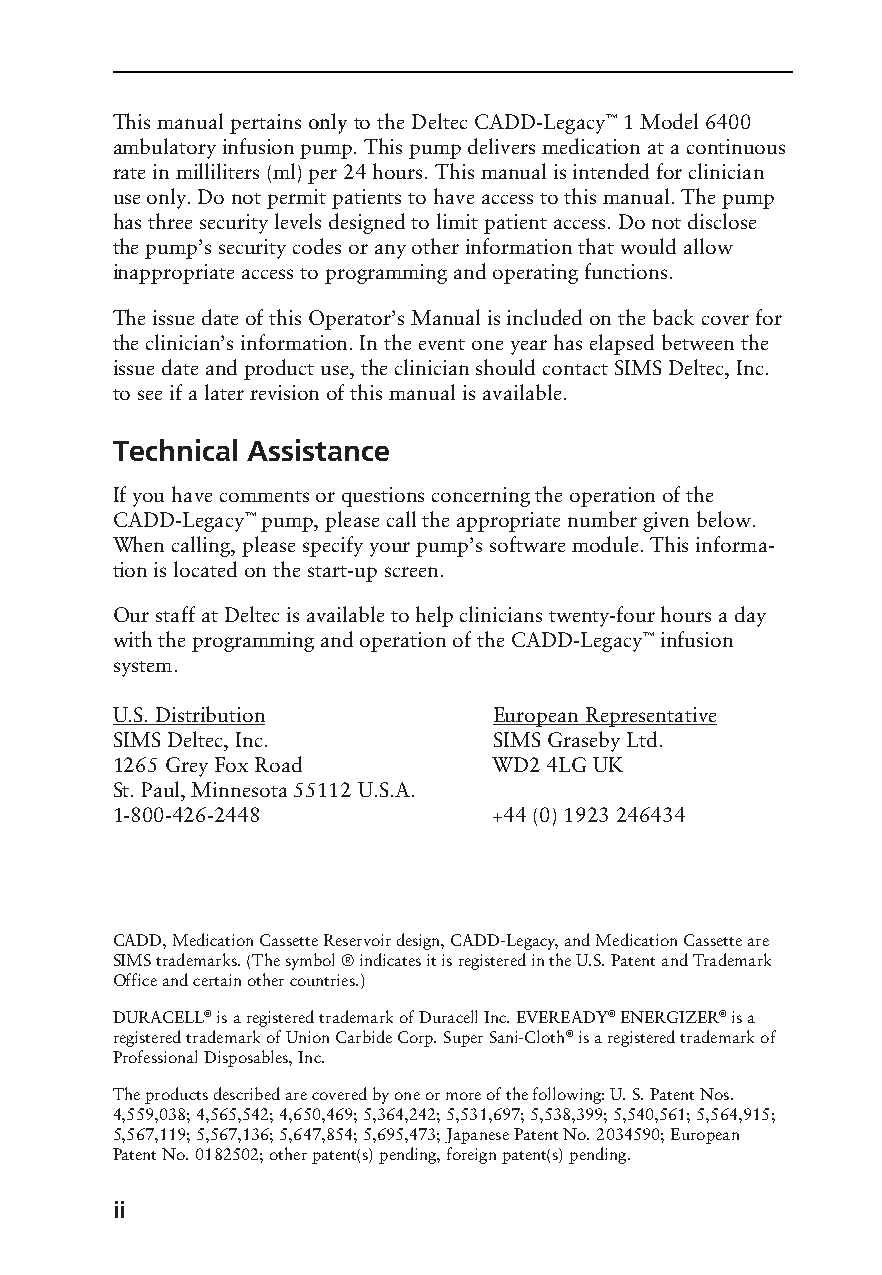
This manual pertains only to the Deltec CADD-Legacy™ 1 Model 6400
 ambulatory infusion pump. This pump delivers medication at a continuous
 rate in milliliters (ml) per 24 hours. This manual is intended for clinician
 use only. Do not permit patients to have access to this manual. The pump
 has three security levels designed to limit patient access. Do not disclose
 the pump’s security codes or any other information that would allow
 inappropriate access to programming and operating functions.
 The issue date of this Operator’s Manual is included on the back cover for
 the clinician’s information. In the event one year has elapsed between the
 issue date and product use, the clinician should contact SIMS Deltec, Inc.
 to see if a later revision of this manual is available.
 Technical Assistance
 If you have comments or questions concerning the operation of the
 CADD-Legacy™ pump, please call the appropriate number given below.
 When calling, please specify your pump’s software module. This informa-
 tion is located on the start-up screen.
 Our staff at Deltec is available to help clinicians twenty-four hours a day
 with the programming and operation of the CADD-Legacy™ infusion
 system.
 U.S. Distribution         European Representative
 SIMS Deltec, Inc.         SIMS Graseby Ltd.
 1265 Grey Fox Road        WD2 4LG UK
 St. Paul, Minnesota 55112 U.S.A.
 1-800-426-2448            +44 (0) 1923 246434
 CADD, Medication Cassette Reservoir design, CADD-Legacy, and Medication Cassette are
 SIMS trademarks. (The symbol ® indicates it is registered in the U.S. Patent and Trademark
 Office and certain other countries.)
 DURACELL® is a registered trademark of Duracell Inc. EVEREADY® ENERGIZER® is a
 registered trademark of Union Carbide Corp. Super Sani-Cloth® is a registered trademark of
 Professional Disposables, Inc.
 The products described are covered by one or more of the following: U. S. Patent Nos.
 4,559,038; 4,565,542; 4,650,469; 5,364,242; 5,531,697; 5,538,399; 5,540,561; 5,564,915;
 5,567,119; 5,567,136; 5,647,854; 5,695,473; Japanese Patent No. 2034590; European
 Patent No. 0182502; other patent(s) pending, foreign patent(s) pending.
 ii
 PROOF (LR #3086), 2000-03-16 «3935-51D Cover, Legacy 1»